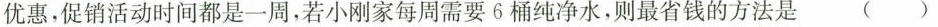
优惠，促销活动时间都是一周，若小刚家每周需要6桶纯净水，则最省钱的方法是 ()